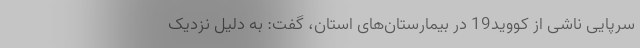
سرپایی ناشی از کووید19 در بیمارستان‌های استان، گفت: به دلیل نزدیک